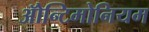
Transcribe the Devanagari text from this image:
ॲोन्टिमोनियम